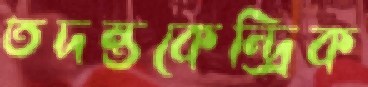
তদন্তকেন্দ্রিক